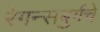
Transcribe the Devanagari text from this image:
रेगन्सबुर्गचे